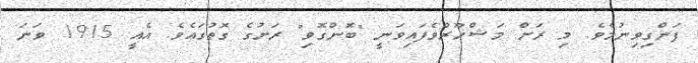
ފަންގިވިނުމެވެ. މި ރަށް މަޝްހޫރުވެފައިވަނީ "ބޮންގޮވި" ރަށުގެ ގޮތުގައެވެ. އެއީ 1915 ވަނަ